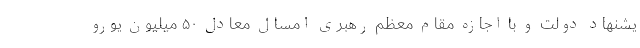
یشنهاد دولت و با اجازه مقام معظم رهبری امسال معادل ۵٠ میلیون یورو